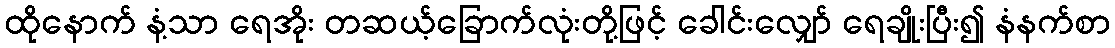
ထိုနောက် နံ့သာ ရေအိုး တဆယ့်ခြောက်လုံးတို့ဖြင့် ခေါင်းလျှော် ရေချိုးပြီး၍ နံနက်စာ